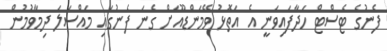
ފެނުގެ ޓެސްޓް ހަދާފައިވަނީ އެ އަތޮޅު ވޭމަންޑޫއަށް ގެނަ ފެނުގައި މައްސަލަ ދިމާވުމުން